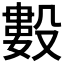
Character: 𰚆